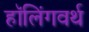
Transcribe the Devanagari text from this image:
हॉलिंगवर्थ